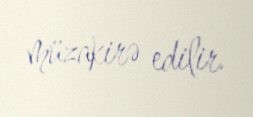
müzakirə edilir.